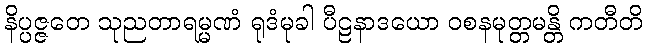
နိပ္ပဇ္ဇတေ သုညတာရမ္မဏံ ရုဒံမုခါ ပီဠနာဒယော ဝစနမုတ္တမန္တိ ကတီတိ